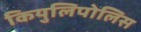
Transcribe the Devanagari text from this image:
कियुलिपोलिस